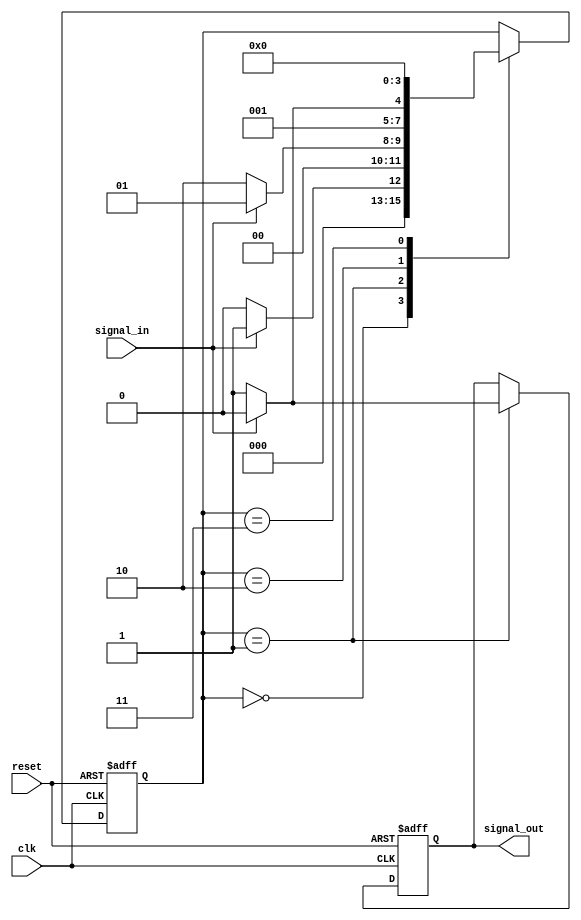
module debounce_circuit (
  input wire clk,
  input wire reset,
  input wire signal_in,
  output reg signal_out
);

reg [3:0] state;

always @(posedge clk or posedge reset) begin
  if (reset) begin
    state <= 4'b0000;
    signal_out <= 1'b0;
  end else begin
    case(state)
      4'b0000: begin
        if (signal_in) begin
          state <= 4'b0001;
        end else begin
          state <= 4'b0000;
        end
      end
      4'b0001: begin
        if (!signal_in) begin
          state <= 4'b0010;
          signal_out <= 1'b1;
        end else begin
          state <= 4'b0001;
          signal_out <= 1'b0;
        end
      end
      4'b0010: begin
        if (signal_in) begin
          state <= 4'b0010;
        end else begin
          state <= 4'b0011;
        end
      end
      4'b0011: begin
        state <= 4'b0000;
      end
    endcase
  end
end

endmodule